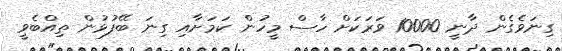
ގިނަވެގެން ދާނީ 10000 ވަރަކަށް ހާސް މީހުން ކަމަށާއި ގިނަ ބޭފުޅުން ތިއްބެވީ